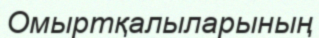
Омыртқалыларының